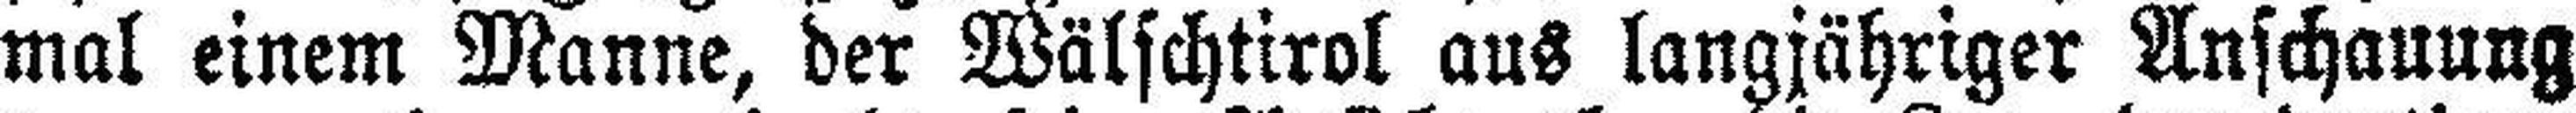
mal einem Manne, der Wälschtirol aus langjähriger Anschauung